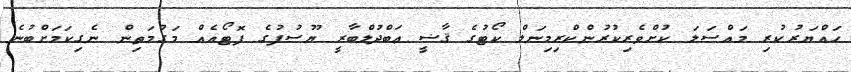
ހައްޔަރުކުރި މައްސަލަ ކުށްވެރިކުރުންކްރިމިނަލް ކޯޓުގެ ޤާޟީ ޢަބްދުލްބާރީ ޔޫސުފުގެ ފޮޓޯއެއް މަގުމަތިން ނެގިކަމަށްބުނެ